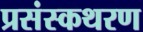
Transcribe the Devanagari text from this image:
प्रसंस्कथरण